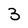
Character: 3